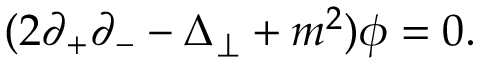
( 2 \partial _ { + } \partial _ { - } - \Delta _ { \perp } + m ^ { 2 } ) { \phi } = 0 .